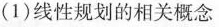
(1)线性规划的相关概念